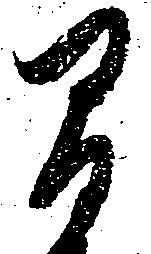
間